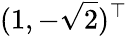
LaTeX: (1,-\sqrt{2})^{\top}